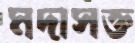
মদাসক্ত